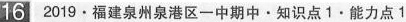
16 2019·福建泉州泉港区一中期中·知识点1·能力点1